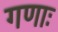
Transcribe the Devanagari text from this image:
गणाः